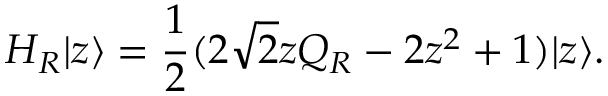
H _ { R } | z \rangle = \frac { 1 } { 2 } ( 2 \sqrt { 2 } z Q _ { R } - 2 z ^ { 2 } + 1 ) | z \rangle .